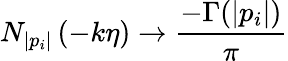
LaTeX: N_{|p_{i}|}\left(-k\eta\right)\to\frac{-\Gamma(|p_{i}|)}{\pi}